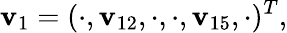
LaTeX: \boldsymbol{\mathbf{v}}_{1}=(\cdot,\mathbf{v}_{12},\cdot,\cdot,\mathbf{v}_{15},\cdot)^{T},